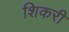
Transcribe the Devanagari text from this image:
शिकरी